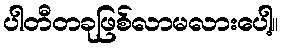
ပါတီတခုဖြစ်လာမလားပေါ့။